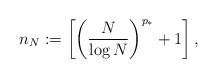
LaTeX: \begin{align*}n_N:=\left[\left(\frac{N}{\log N}\right)^{p_\ast} +1 \right],\end{align*}